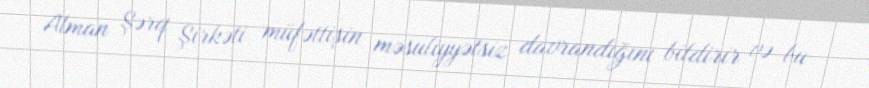
Alman Şərq Şirkəti müfəttişin məsuliyyətsiz davrandığını bildirir və bu